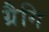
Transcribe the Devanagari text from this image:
ग्रैगि